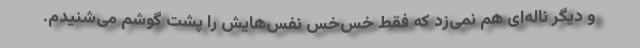
و دیگر ناله‌ای هم نمی‌زد که فقط خس‌خس نفس‌هایش را پشت گوشم می‌شنیدم.